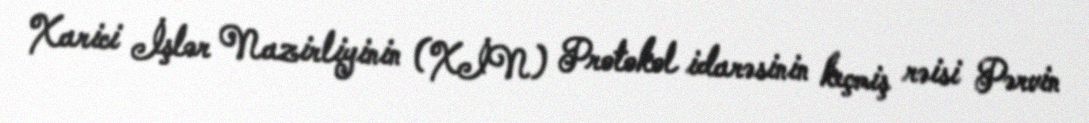
Xarici İşlər Nazirliyinin (XİN) Protokol idarəsinin keçmiş rəisi Pərvin